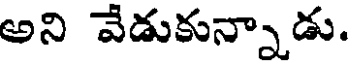
అని వేడుకున్నాడు.